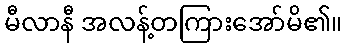
မီလာနီ အလန့်တကြားအော်မိ၏။